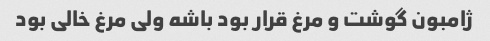
ژامبون گوشت و مرغ قرار بود باشه ولی مرغ خالی بود